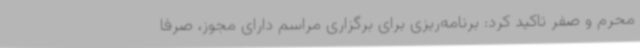
محرم و صفر تاکید کرد: برنامه‌ریزی برای برگزاری مراسم دارای مجوز، صرفا